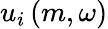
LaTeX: u_{i}\left(m,\omega\right)